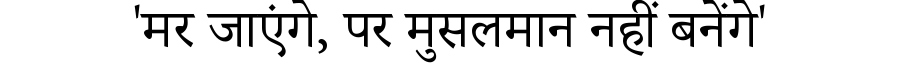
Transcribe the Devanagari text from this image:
'मर जाएंगे, पर मुसलमान नहीं बनेंगे'